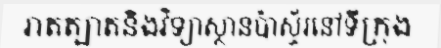
រាតត្បាតនិងវិទ្យាស្ថានប៉ាស្ទ័រនៅទីក្រុង